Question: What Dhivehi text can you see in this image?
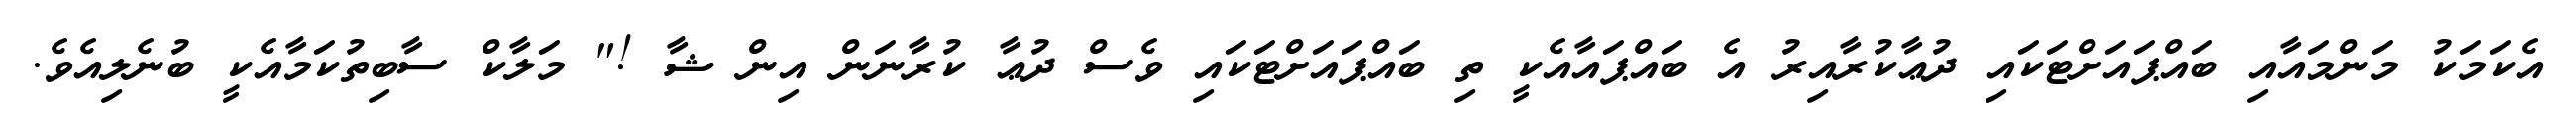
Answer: އެކަމަކު މަންމައާއި ބައްޕައަށްޓަކައި ދުޢާކުރާއިރު އެ ބައްޕައާއެކީ ތި ބައްޕައަށްޓަކައި ވެސް ދުޢާ ކުރާނަން އިން ޝާ !" މަލާކް ސާބިތުކަމާއެކީ ބުނެލިއެވެ.